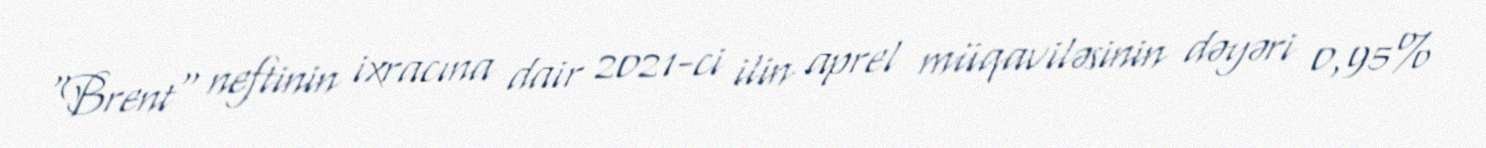
"Brent" neftinin ixracına dair 2021-ci ilin aprel müqaviləsinin dəyəri 0,95%